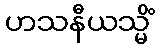
ဟသနီယသ္မိံ